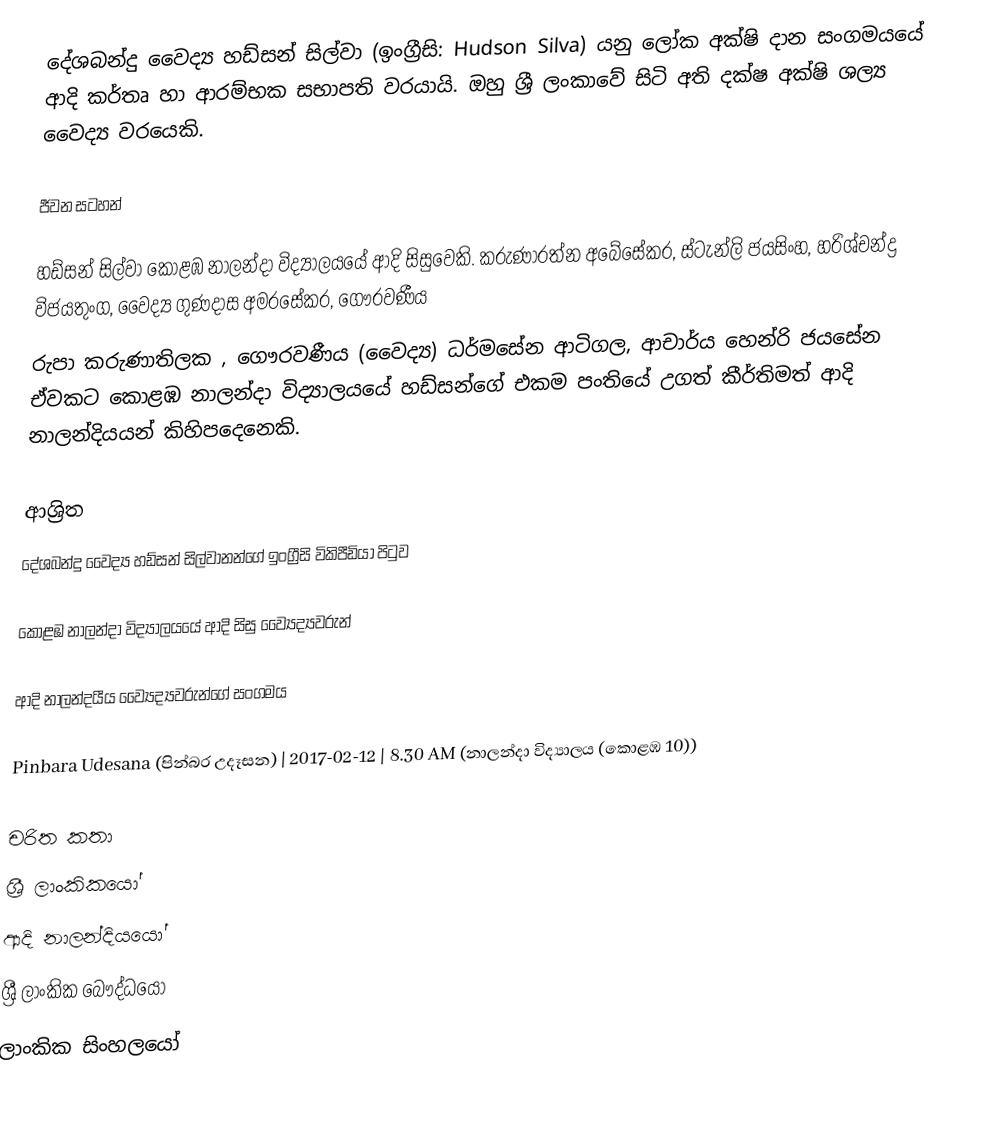
දේශබන්දු වෛද්‍ය හඩ්සන් සිල්වා  (ඉංග්‍රීසි: Hudson Silva) යනු ලෝක අක්ෂි දාන සංගමයයේ ආදි කර්තෘ හා ආරම්භක සභාපති  වරයායි. ඔහු ශ්‍රී ලංකාවේ සිටි අති දක්ෂ අක්ෂි ශල්‍ය වෛද්‍ය වරයෙකි.

ජීවන සටහන්

හඩ්සන් සිල්වා  කොළඹ නාලන්දා විද්‍යාලයයේ ආදි සිසුවෙකි. කරුණාරත්න අබේසේකර, ස්ටැන්ලි ජයසිංහ, හරිශ්චන්ද්‍ර විජයතුංග, වෛද්‍ය  ගුණදාස අමරසේකර, ගෞරවණීය
රුපා කරුණාතිලක , ගෞරවණීය (වෛද්‍ය) ධර්මසේන ආටිගල, ආචාර්ය හෙන්රි ජයසේන ඒවකට කොළඹ නාලන්දා විද්‍යාලයයේ හඩ්සන්ගේ එකම පංතියේ උගත් කීර්තිමත් ආදි නාලන්දියයන් කිහිපදෙනෙකි.

ආශ්‍රිත
  දේශබන්දු වෛද්‍ය හඩ්සන් සිල්වානන්ගේ ඉංග්‍රීසි විකිපීඩියා පිටුව

 කොළඹ නාලන්දා විද්‍යාලයයේ ආදි සිසු ව්‍යෛද්‍යවරුන්

 ආදි නාලන්දයීය ව්‍යෛද්‍යවරුන්ගේ සංගමය

 Pinbara Udesana (පින්බර උදෑසන) | 2017-02-12 | 8.30 AM (නාලන්දා විද්‍යාලය (කොළඹ 10))

චරිත කතා
ශ්‍රී ලාංකිකයෝ
ආදි නාලන්දියයෝ
ශ්‍රී ලාංකික බෞද්ධයෝ
ලාංකික සිංහලයෝ